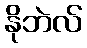
နိုဘဲလ်